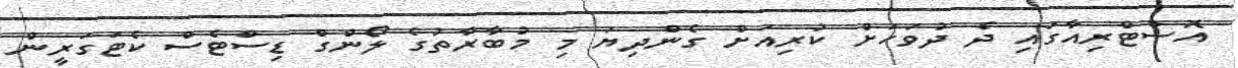
އޮސްޓްރިއާގައި ދެ ދުވަހަށް ކުރިއަށް ގެންދިޔަ މި މުބާރާތުގެ ލޯންގް ޑިސްޓެސް ކެޓަގަރީން